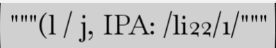
"""(l / j, IPA: /li22/1/"""